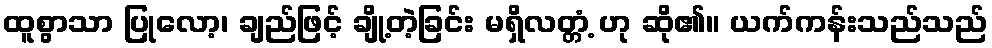
ထူစွာသာ ပြုလော့၊ ချည်ဖြင့် ချို့တဲ့ခြင်း မရှိလတ္တံ့ ဟု ဆို၏။ ယက်ကန်းသည်သည်